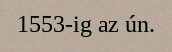
1553-ig az ún.